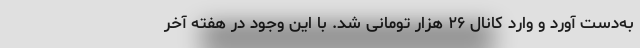
به‌دست آورد و وارد کانال ۲۶ هزار تومانی شد. با این وجود در هفته آخر